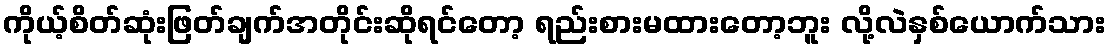
ကိုယ့်စိတ်ဆုံးဖြတ်ချက်အတိုင်းဆိုရင်တော့ ရည်းစားမထားတော့ဘူး လို့လဲနှစ်ယောက်သား